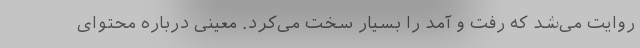
روایت می‌شد که رفت و آمد را بسیار سخت می‌کرد. معینی درباره محتوای